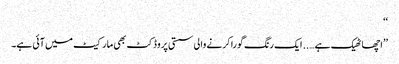
‘‘
’’اچھا ٹھیک ہے….. ایک رنگ گورا کرنے والی سستی پروڈکٹ بھی مارکیٹ میں آئی ہے۔